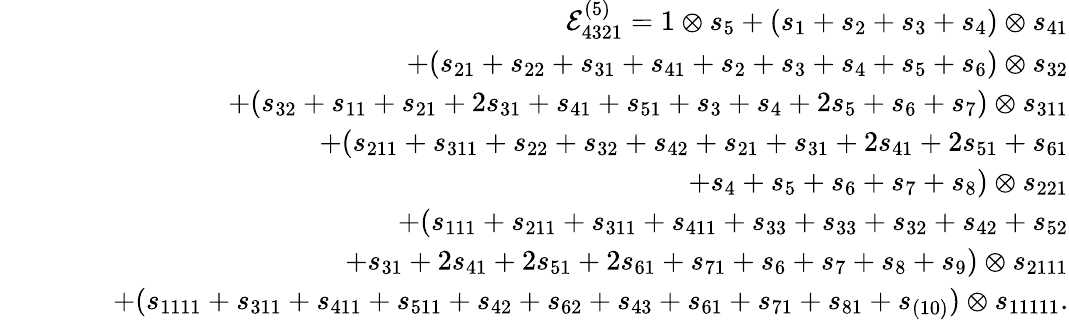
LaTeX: \begin{array}{rlr}&{}&{\mathcal{E}_{4321}^{(5)}=1\otimes s_{5}+\left(s_{1}+s_{2}+s_{3}+s_{4}\right)\otimes s_{41}}\\ &{}&{\qquad+(s_{21}+s_{22}+s_{31}+s_{41}+s_{2}+s_{3}+s_{4}+s_{5}+s_{6})\otimes s_{32}}\\ &{}&{\qquad+(s_{32}+s_{11}+s_{21}+2s_{31}+s_{41}+s_{51}+s_{3}+s_{4}+2s_{5}+s_{6}+s_{7})\otimes s_{311}}\\ &{}&{\qquad+(s_{211}+s_{311}+s_{22}+s_{32}+s_{42}+s_{21}+s_{31}+2s_{41}+2s_{51}+s_{61}}\\ &{}&{\qquad\qquad+s_{4}+s_{5}+s_{6}+s_{7}+s_{8})\otimes s_{221}}\\ &{}&{\qquad+(s_{111}+s_{211}+s_{311}+s_{411}+s_{33}+s_{33}+s_{32}+s_{42}+s_{52}}\\ &{}&{\qquad\qquad+s_{31}+2s_{41}+2s_{51}+2s_{61}+s_{71}+s_{6}+s_{7}+s_{8}+s_{9})\otimes s_{2111}}\\ &{}&{\qquad+(s_{1111}+s_{311}+s_{411}+s_{511}+s_{42}+s_{62}+s_{43}+s_{61}+s_{71}+s_{81}+s_{(10)})\otimes s_{11111}.}\end{array}